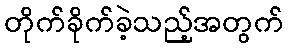
တိုက်ခိုက်ခဲ့သည့်အတွက်